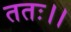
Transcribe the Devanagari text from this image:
ततः।।